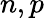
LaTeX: n,p